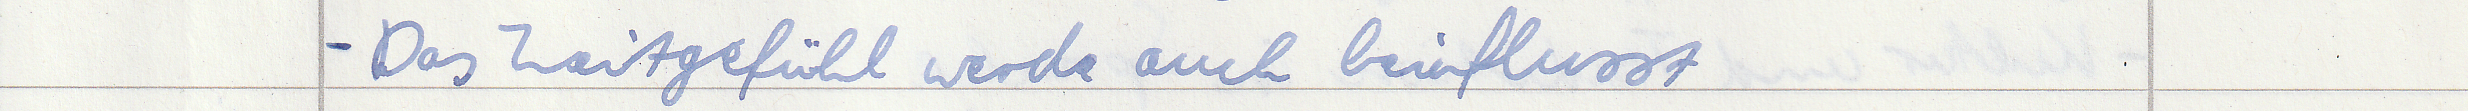
- Das Zeitgefühl werde auch beinflusst